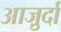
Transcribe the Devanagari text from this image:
आजु़र्दा